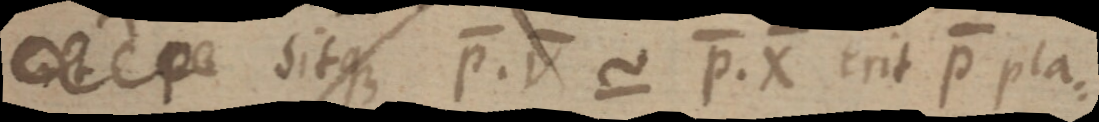
_ sitque P. V ~ P. X erit p pla